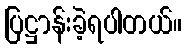
ပြဋ္ဌာန်းခဲ့ရပါတယ်။